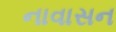
નાવાસન